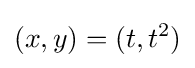
(x,y)=(t,t^{2})